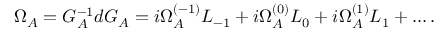
\Omega _ { \cal A } = G _ { \cal A } ^ { - 1 } d G _ { \cal A } = i \Omega _ { \cal A } ^ { ( - 1 ) } L _ { - 1 } + i \Omega _ { \cal A } ^ { ( 0 ) } L _ { 0 } + i \Omega _ { \cal A } ^ { ( 1 ) } L _ { 1 } + \ldots .